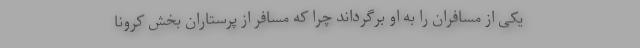
یکی از مسافران را به او برگرداند چرا که مسافر از پرستاران بخش کرونا